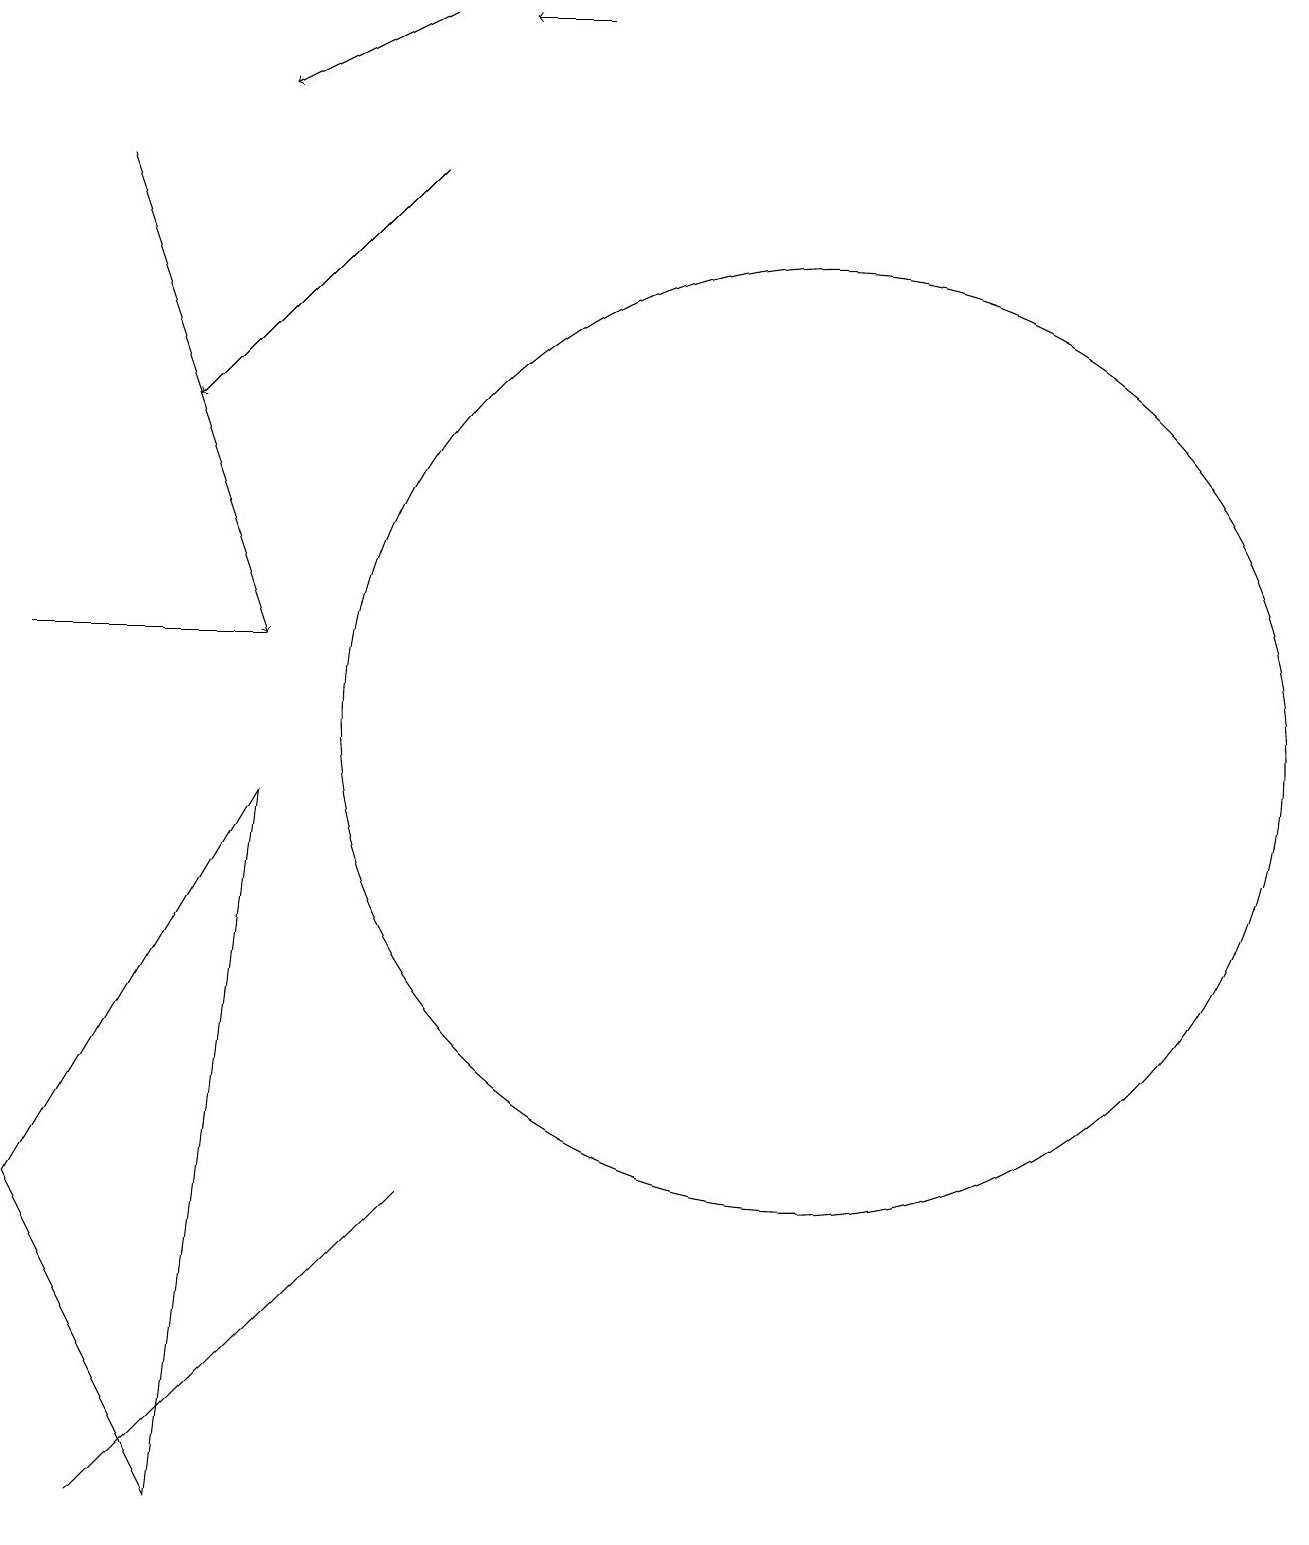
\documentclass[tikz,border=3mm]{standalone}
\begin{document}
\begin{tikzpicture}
\draw (1,11) rectangle (4,11);
\draw[->] (8,19) -- (7,19);
\draw (3,0) -- (4,9) -- (1,4) -- cycle;
\draw (11,10) circle (6);
\draw (2,0) -- (4,2) -- (6,4) -- cycle;
\draw[->] (6,19) -- (4,18);
\draw[->] (2,17) -- (4,11);
\draw[->] (6,17) -- (3,14);
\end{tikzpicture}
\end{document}